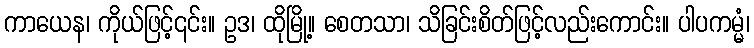
ကာယေန၊ ကိုယ်ဖြင့်၎င်း။ ဥဒ၊ ထိုမြို့။ စေတသာ၊ သိခြင်းစိတ်ဖြင့်လည်းကောင်း။ ပါပကမ္မံ၊